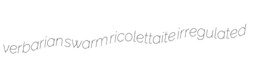
verbarian swarm ricolettaite irregulated